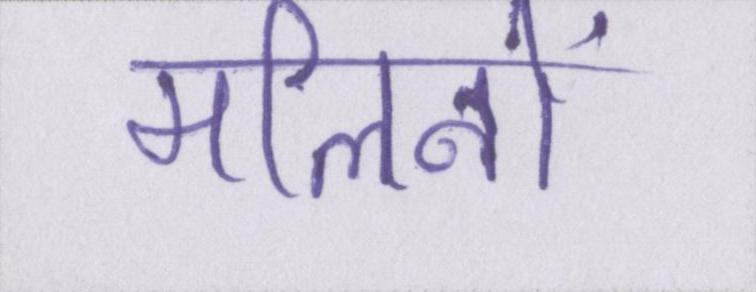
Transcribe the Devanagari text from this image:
मलिनों